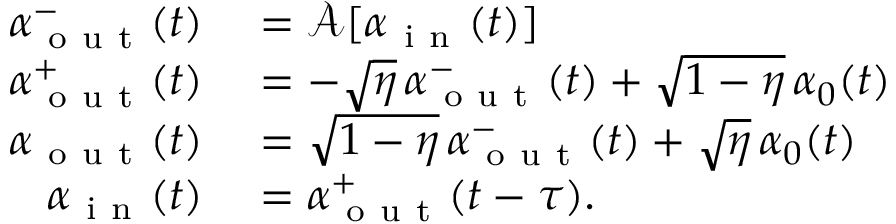
\begin{array} { r l } { \alpha _ { \mathrm { ~ o ~ u ~ t ~ } } ^ { - } ( t ) } & { { } = \mathcal { A } [ \alpha _ { \mathrm { ~ i ~ n ~ } } ( t ) ] } \\ { \alpha _ { \mathrm { ~ o ~ u ~ t ~ } } ^ { + } ( t ) } & { { } = - \sqrt { \eta } \, \alpha _ { \mathrm { ~ o ~ u ~ t ~ } } ^ { - } ( t ) + \sqrt { 1 - \eta } \, \alpha _ { 0 } ( t ) } \\ { \alpha _ { \mathrm { ~ o ~ u ~ t ~ } } ( t ) } & { { } = \sqrt { 1 - \eta } \, \alpha _ { \mathrm { ~ o ~ u ~ t ~ } } ^ { - } ( t ) + \sqrt { \eta } \, \alpha _ { 0 } ( t ) } \\ { \alpha _ { \mathrm { ~ i ~ n ~ } } ( t ) } & { { } = \alpha _ { \mathrm { ~ o ~ u ~ t ~ } } ^ { + } ( t - \tau ) . } \end{array}